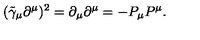
( \tilde { \gamma } _ { \mu } \partial ^ { \mu } ) ^ { 2 } = \partial _ { \mu } \partial ^ { \mu } = - P _ { \mu } P ^ { \mu } .